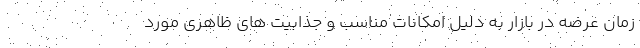
زمان عرضه در بازار به دلیل امکانات مناسب و جذابیت های ظاهری مورد